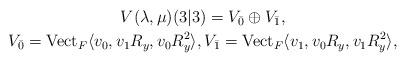
LaTeX: \begin{gather*}V(\lambda,\mu)(3|3) = V_{\bar 0} \oplus V_{\bar 1},\\V_{\bar 0} = \operatorname{Vect}_F\langle v_0,v_1R_y,v_0R_y^2\rangle,V_{\bar 1} = \operatorname{Vect}_F\langle v_1,v_0R_y,v_1R_y^2\rangle,\end{gather*}